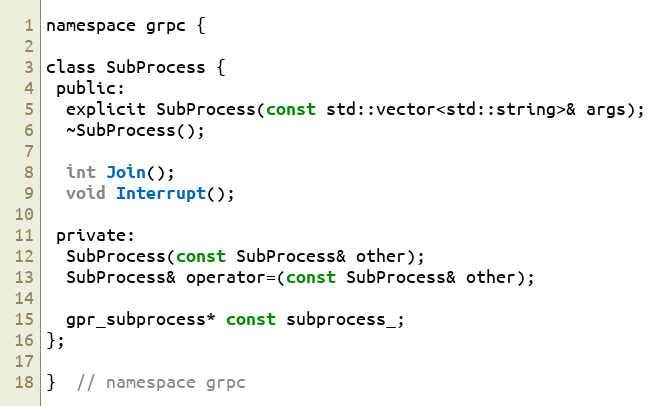
Language: C
namespace grpc {

class SubProcess {
 public:
  explicit SubProcess(const std::vector<std::string>& args);
  ~SubProcess();

  int Join();
  void Interrupt();

 private:
  SubProcess(const SubProcess& other);
  SubProcess& operator=(const SubProcess& other);

  gpr_subprocess* const subprocess_;
};

}  // namespace grpc